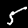
Digit: 5